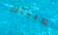
كليتك